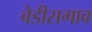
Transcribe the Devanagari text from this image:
बेडीसगाव